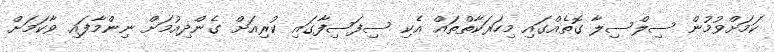
ކަމަށްވުމުން ސިލްސިލާ ގޮތެއްގައި މިހަރަކާތްތައް އެކި ސިފަސިފާގައި ކުރިއަށް ގެންދިއުމަށް ނިންމާފައި ވާކަމަށް